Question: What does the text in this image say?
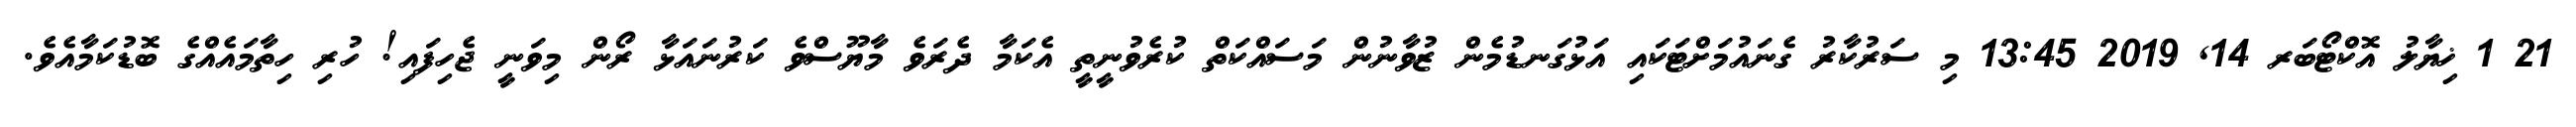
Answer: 21 1 ޚިޔާލު އޮކްޓޯބަރ 14, 2019 13:45 މި ސަރުކާރު ގެނައުމަށްޓަކައި އަޅުގަނޑުމެން ޒުވާނުން މަސައްކަތް ކުރެވުނީތީ އެކަމާ ދެރަވެ މާޔޫސްވެ ކަރުނައަޅާ ރޯން މިވަނީ ޖެހިފައި! ހުރި ހިތާމައެއްގެ ބޮޑުކަމާއެވެ.